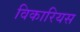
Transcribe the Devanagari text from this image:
विकारियस